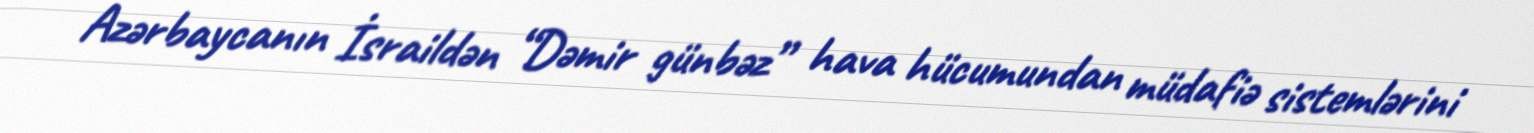
Azərbaycanın İsraildən “Dəmir günbəz” hava hücumundan müdafiə sistemlərini